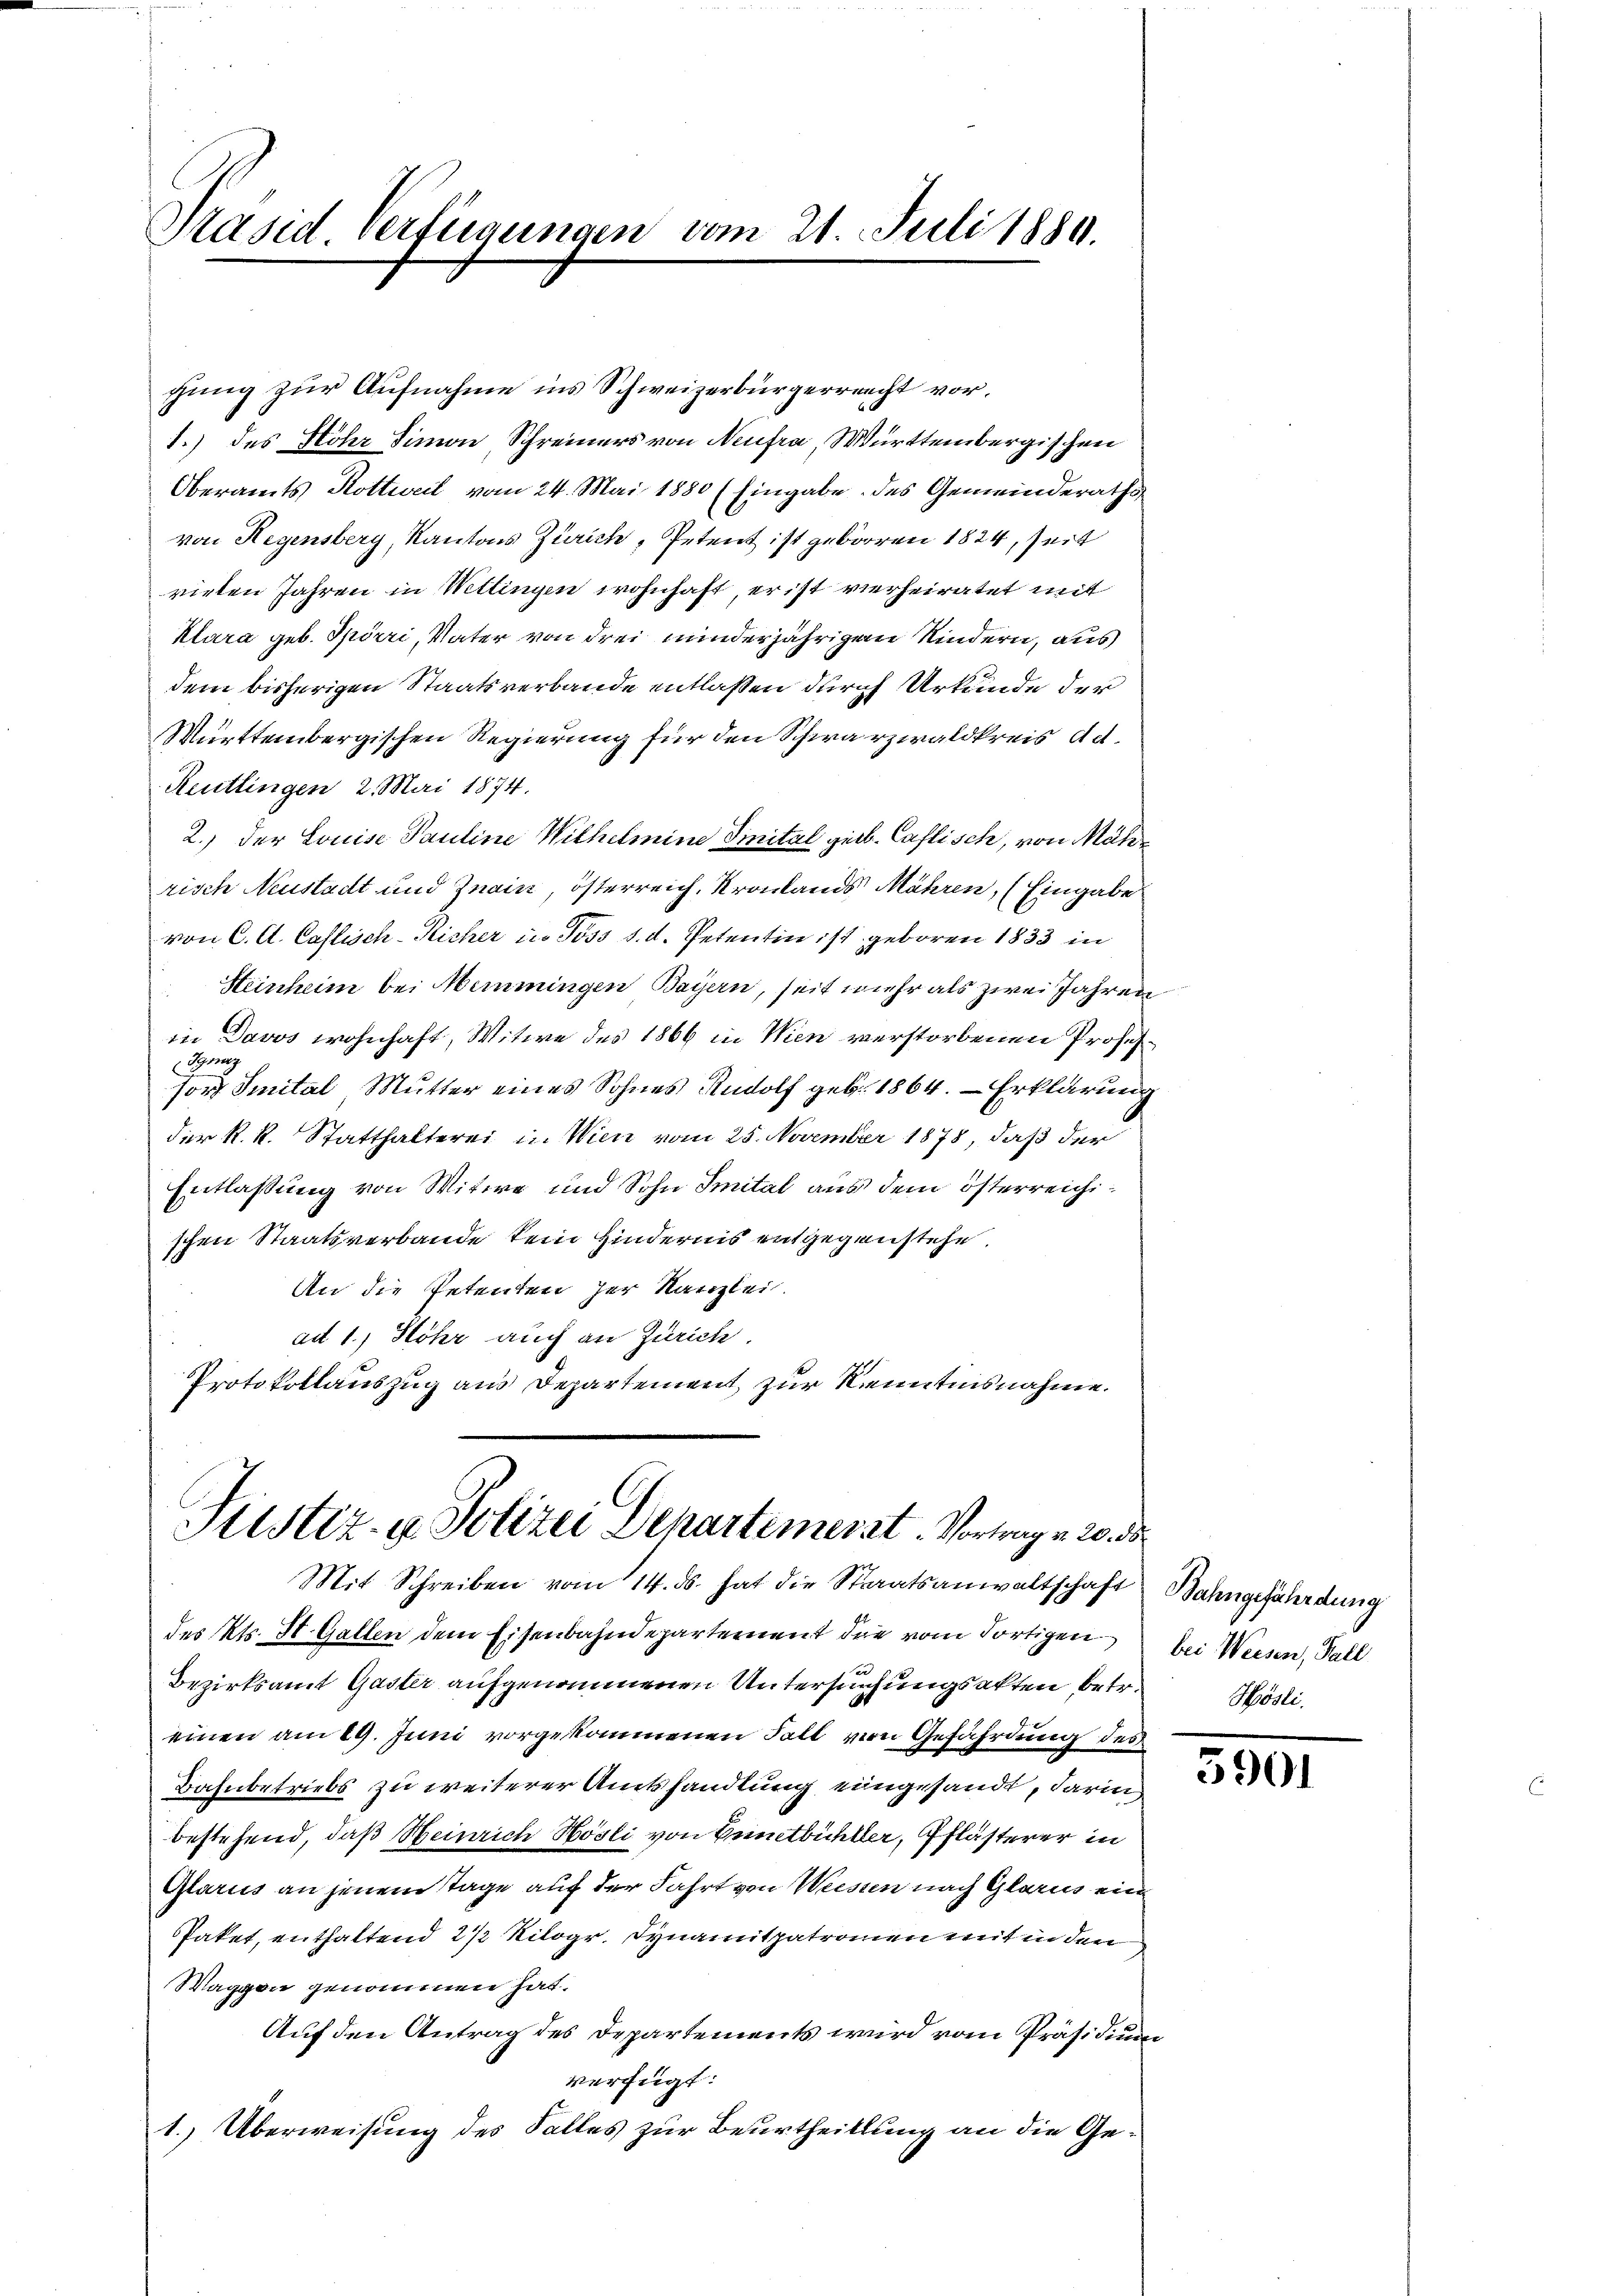
Präsid. Verfügungen vom 21. Juli 1889.

Justiz- & Polizei Departemenst. Vortrag u. 20. d.
Mit Schreiben vom 14. ds. hat die Staatsanwaltschaft Bahngefährdung

1.) des Stöhr Simon Schreiners von Neufra, Württembergischen
Oberamts Rottweil vom 24. Mai 1880 (Eingabe des Gemeinderathsvon Hegensberg, Kantons Zürich, Petent ist geboren 1824, seit
vielen Jahren in Wettingen wohnhaft, er ist vierheiratet mit
Klara geb. Spörri, Vater von drei minderjährigen Kindern, aus
dem bisherigen Staatsverbande entlaßen durch Urkunde der
Württembergischen Regierung für den Schwarzwaldkreis Ad.
Reutlingen 2. Mai 1874.
2.) der Louise Pauline Wilhelmine Tinital geb. Caflisch, von Mährisch Neustadt und Znain, österreich, Kronlands Mähren, (Eingabe
von C. A. Caflisch-Kicher in Joss d. d. Petentin ist geboren 1833 in
Heinheim bei Memmingen Bayern, seit mehr als zwei Jahren
in Davos wohnhaft, Witwe des 1866 in Wien verstorbenen Profes¬
Ignaz
sor Smital, Mutter eines Sohnes Rudolf geb. 1864. Erklärung
der R. R. Statthalterei in Wien vom 25. November 1878, daß der
Entlassung von Witwe und Sohn Smital aus dem österreichischen Staatsverbande kein Hindernis entgegenstehe.
An die Petenten der Kanzlei.
ad 1., Höhr auch an Zürich.
Protokollauszug aus Departement zur Kenntnisnahme.

chung zur Aufnahme ins Schweizerbürgerrrecht vor.

des Kts. St. Gallen dem Eisenbahndepartement die vom dortigen
Bezirksamt Gaster aufgenommenen Untersuchungsakten, betr. Mösti.
einen am 29. Juni vorgekommenen Fall von Gefährdung des
Bahnbetriebs zu weiterer Amtshandlung eingesandt, darin
bestehend, daß Heinrich Hösli von Ennetbühller, Pflästerer in
Glarus an jenem Tage auf der Fahrt von Weisen nach Glarus ein
Paket, enthaltend 21 Kilogr. Synamitpatronen mit in den
Waggon genommen hat.
Auf den Antrag des Departements wird vom Präsidium
Verfügt:
1. Überweisung des Falles zur Beurtheillung an die Ge¬

bei Weesen, Pall

5901